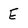
Character: E